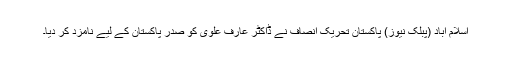
اسلام آباد (پبلک نیوز) پاکستان تحریک انصاف نے ڈاکٹر عارف علوی کو صدر پاکستان کے لیے نامزد کر دیا۔